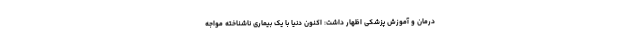
درمان و آموزش پزشکی اظهار داشت: اکنون دنیا با یک بیماری ناشناخته مواجه